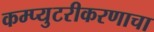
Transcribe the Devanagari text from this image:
कम्प्युटरीकरणाचा